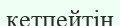
кетпейтін